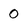
Character: 0